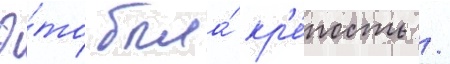
Э́то была́ кр'е́пость /